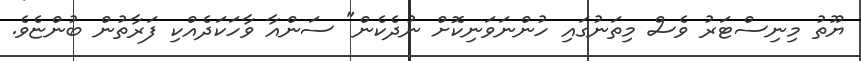
ޔޫތު މިނިސްޓަރު ވެސް މިތަނުގައި ހުންނަވަނިކޮށް ނުދެކެން" ސަންއާ ވާހަކަދެއްކި ފަރާތުން ބުންޏެވެ.